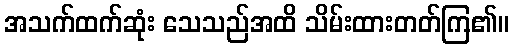
အသက်ထက်ဆုံး သေသည်အထိ သိမ်းထားတတ်ကြ၏။